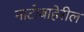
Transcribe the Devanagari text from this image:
नाटोबाहेरील